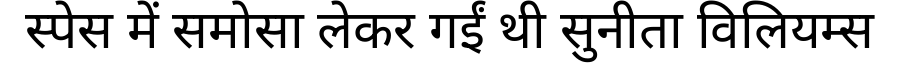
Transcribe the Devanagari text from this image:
स्पेस में समोसा लेकर गईं थी सुनीता विलियम्स